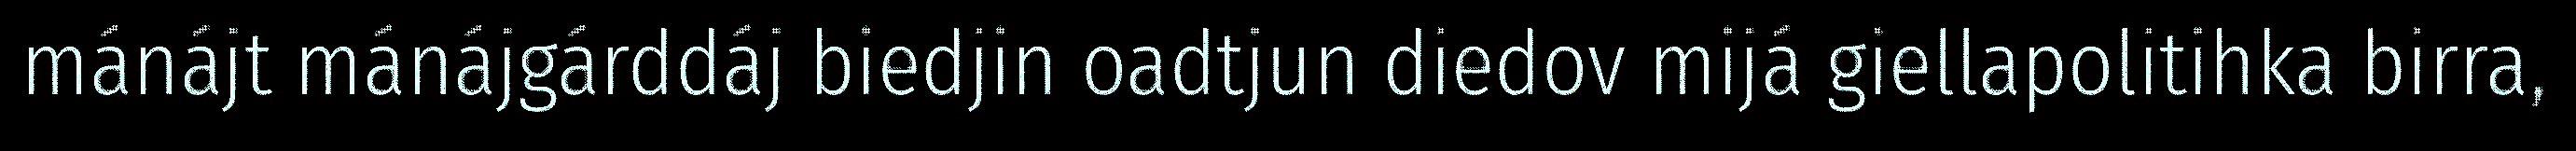
mánájt mánájgárddáj biedjin oadtjun diedov mijá giellapolitihka birra,